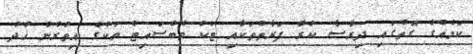
ކަމެއްގެ ގޮތުގައި ދިރާސާ ކުރާ ފަރާތްތަކާއި ޓެކް ވެބްސައިޓް ތަކުގެ އިތުރުން ޚުދު